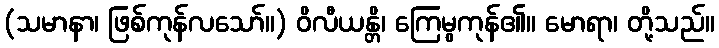
(သမာနာ၊ ဖြစ်ကုန်လသော်။) ဝိလီယန္တိ၊ ကြေမွကုန်၏။ မောရာ၊ တို့သည်။